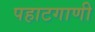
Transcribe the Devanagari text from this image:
पहाटगाणी